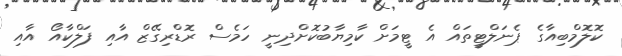
ކޮލޮމްބިއާގެ ޕެނަލްޓީތައް އެ ޓީމަށް ކާމިޔާބުކޮށްދިނީ ހަމެސް ރޮޑްރިގޭޒް އާއި ފަލްކާއޯ އާއި